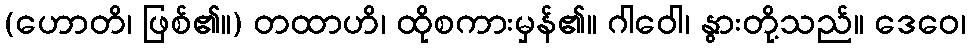
(ဟောတိ၊ ဖြစ်၏။) တထာဟိ၊ ထိုစကားမှန်၏။ ဂါဝေါ၊ နွားတို့သည်။ ဒေဝေ၊